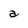
Character: a